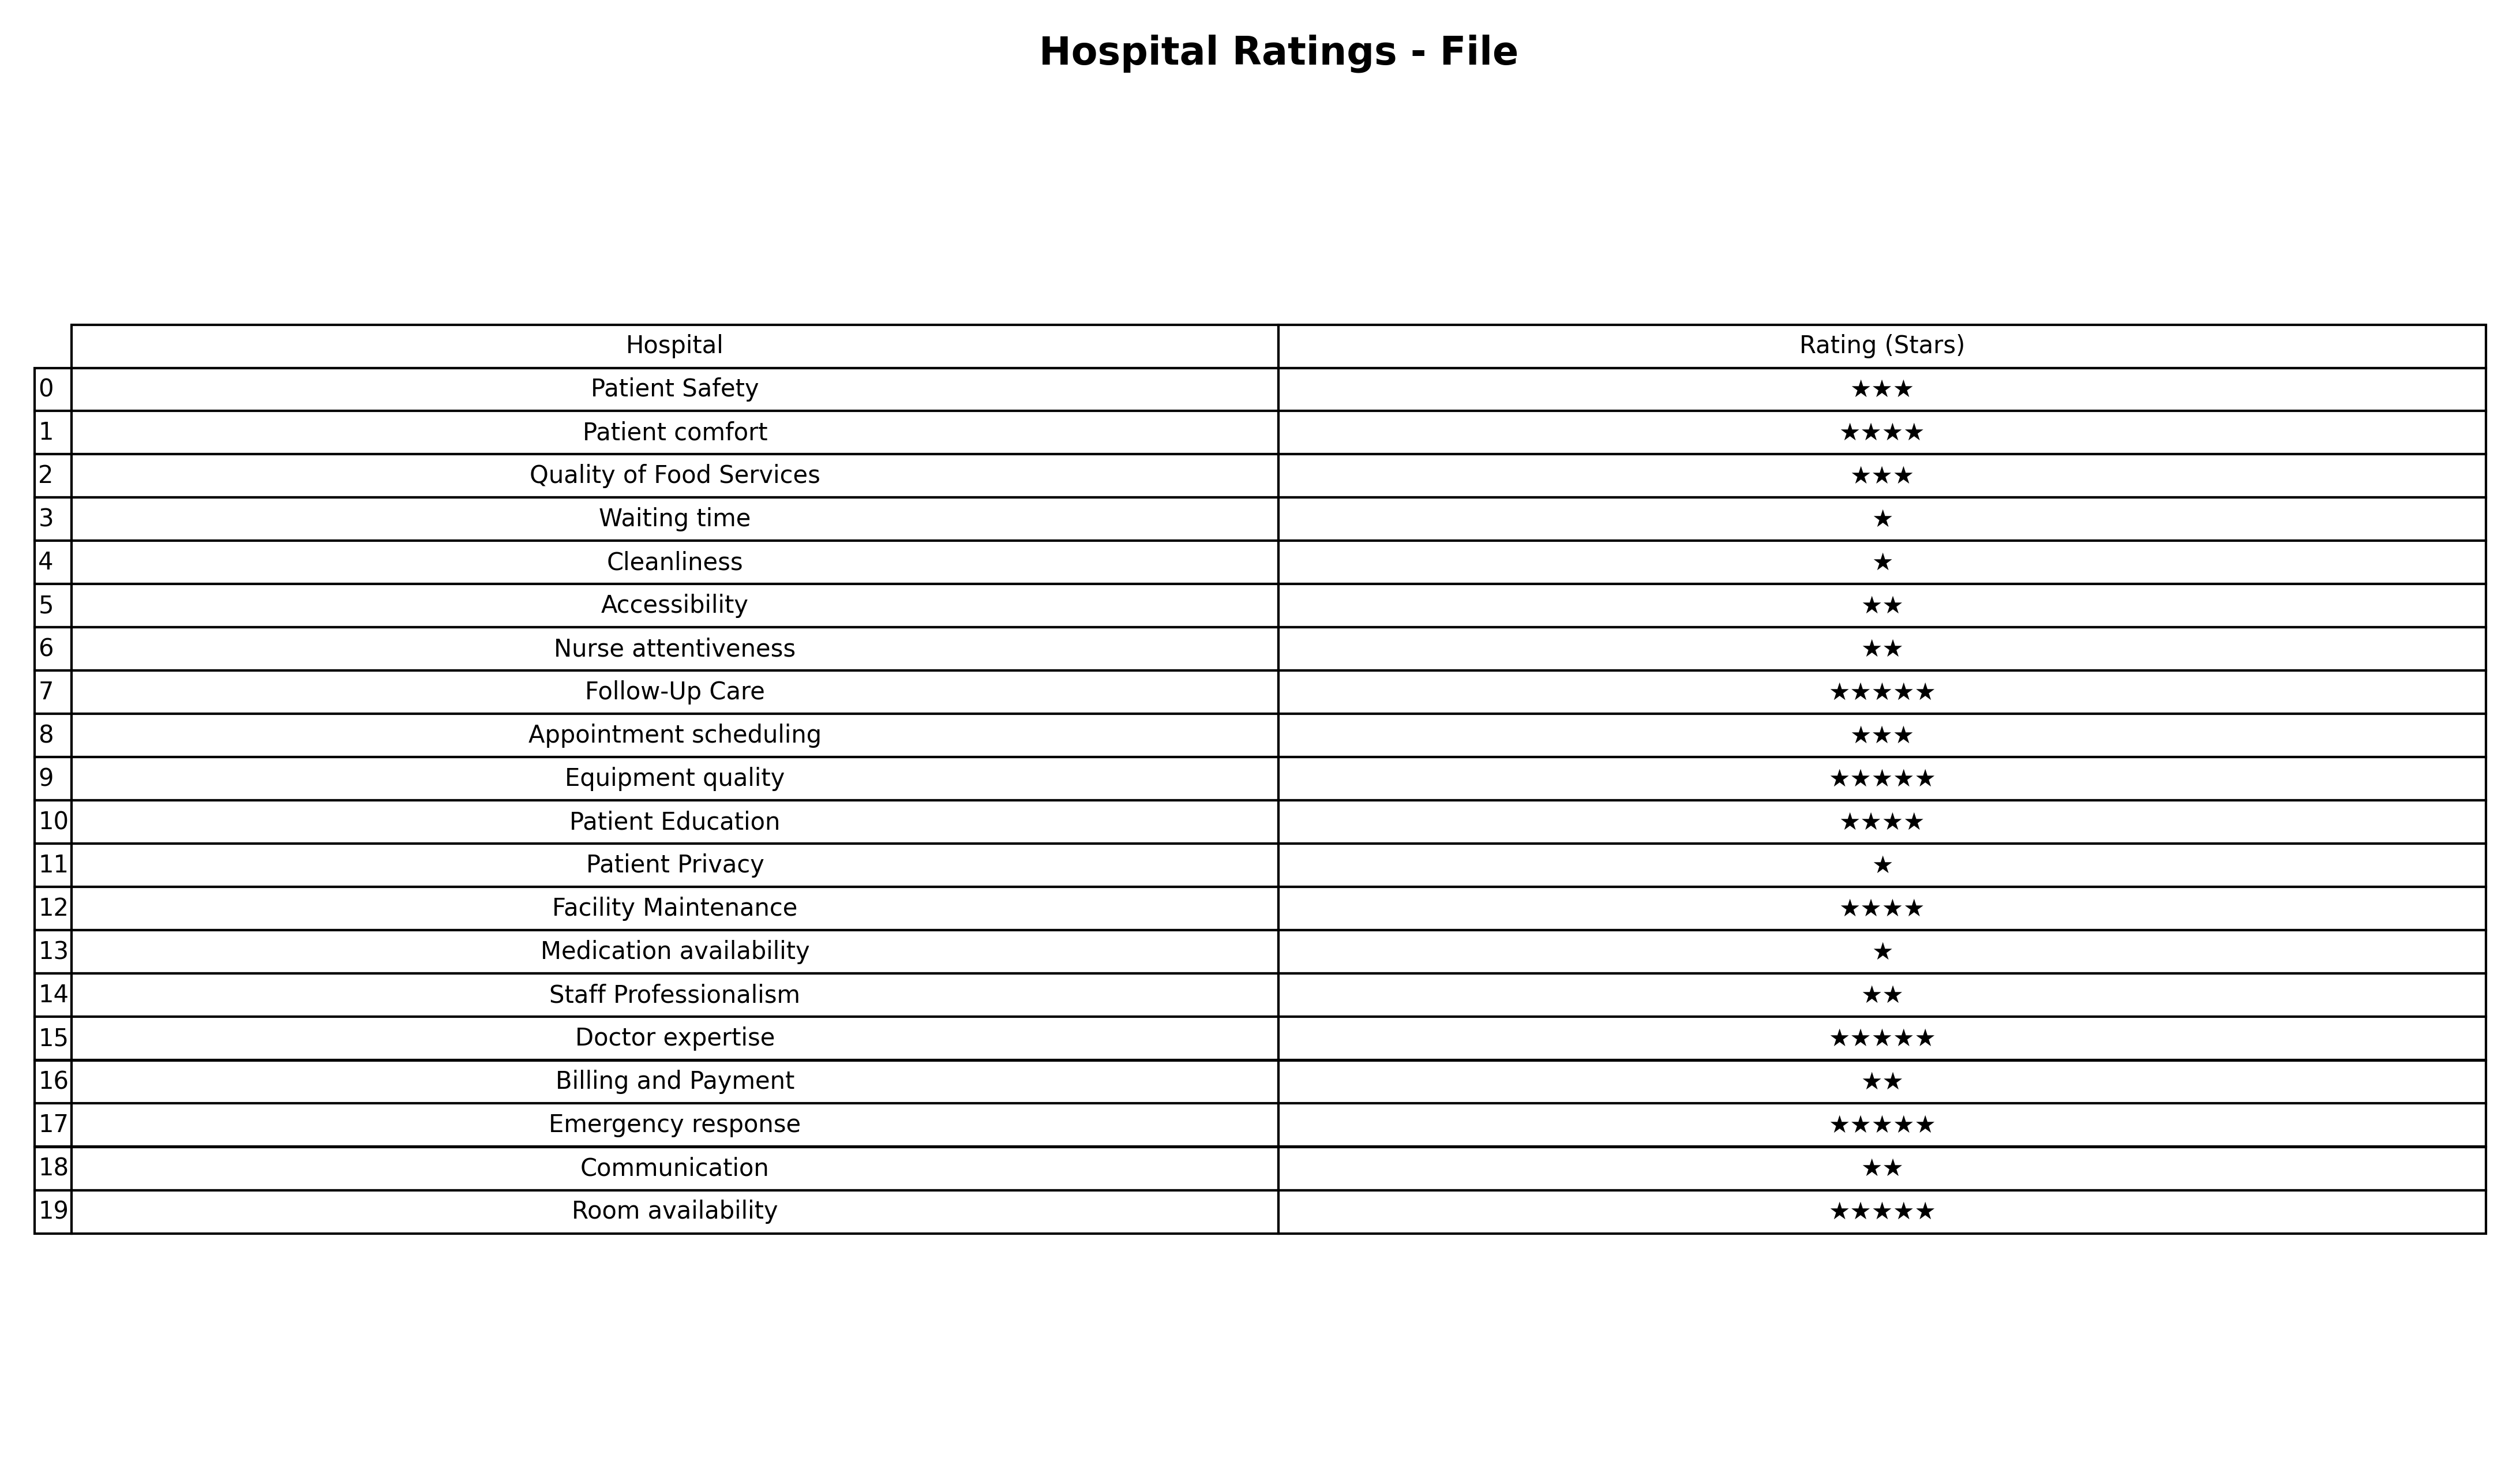
question: What are one star services?
answer: Waiting timeCleanlinessPatient PrivacyMedication availability